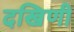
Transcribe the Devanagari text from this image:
दखिणी